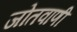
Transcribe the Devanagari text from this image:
जोतवाणी